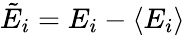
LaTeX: \tilde{E}_{i}=E_{i}-\langle E_{i}\rangle